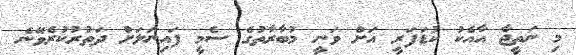
މި ނަތީޖާ އާއެކު ކުޑަފަރީ އަށް ވަނީ މުބާރާތުގެ ސެމީ ފައިނަލަށް ދަތުރުކުރެވޭނެ